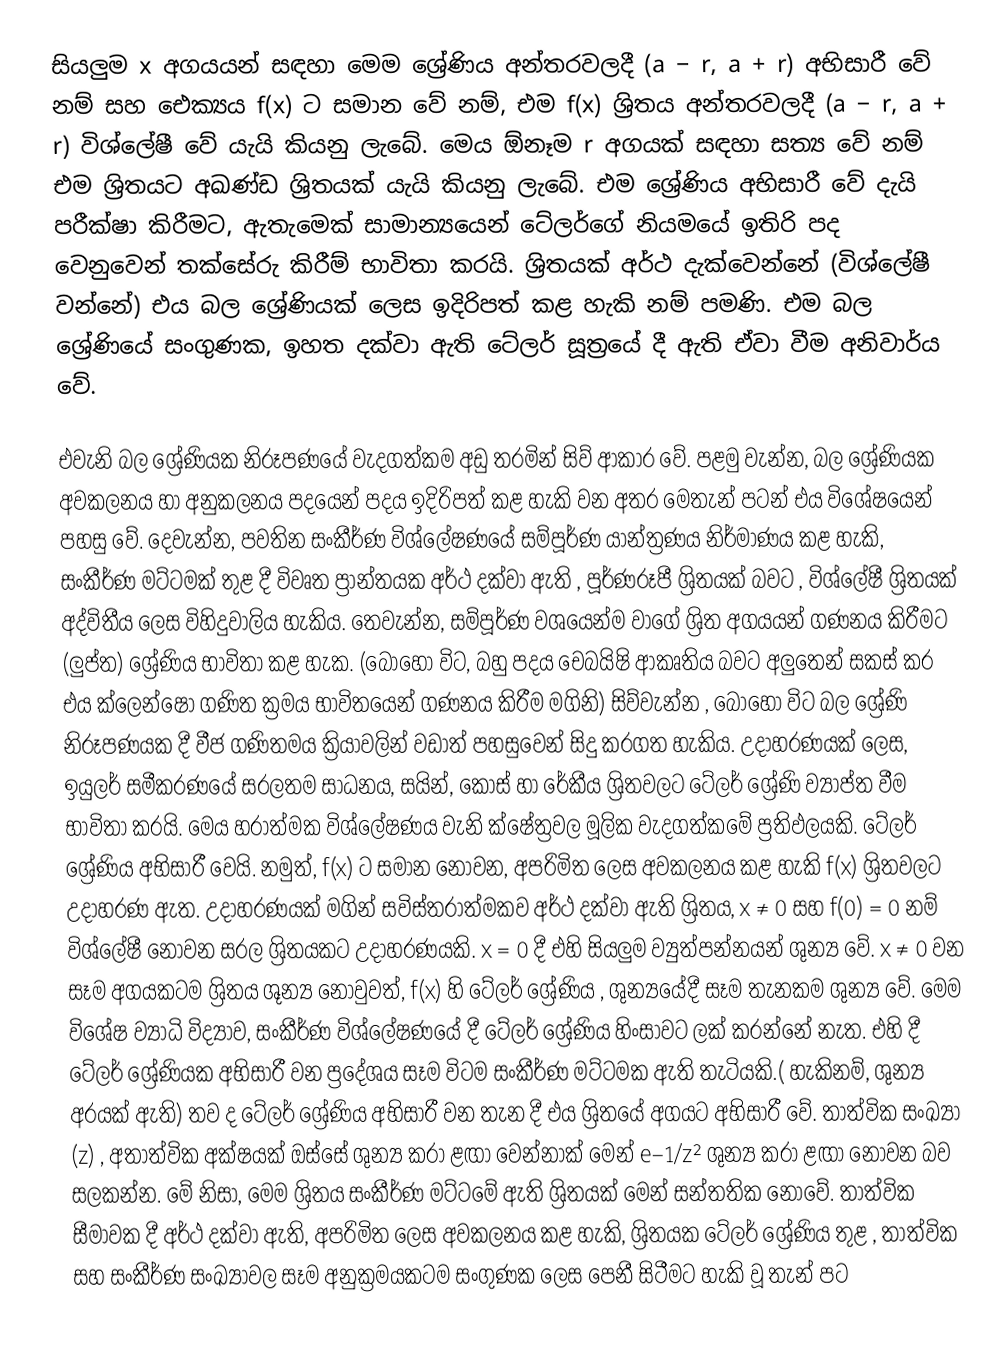
සියලුම x අගයයන් සඳහා මෙම ශ්‍රේණිය අන්තරවලදී (a − r, a + r) අභිසාරී වේ නම් සහ ඓක්‍යය f(x) ට සමාන වේ නම්, එම f(x) ශ්‍රිතය අන්තරවලදී (a − r, a + r) විශ්ලේෂී වේ යැයි කියනු ලැබේ. මෙය ඕනෑම r අගයක් සඳහා සත්‍ය වේ නම් එම ශ්‍රිතයට අඛණ්ඩ ශ්‍රිතයක් යැයි කියනු ලැබේ. එම ශ්‍රේණිය අභිසාරී වේ දැයි පරීක්ෂා කිරීමට, ඇතැමෙක් සාමාන්‍යයෙන් ටේලර්ගේ නියමයේ ඉතිරි පද වෙනුවෙන් තක්සේරු කිරීම් භාවිතා කරයි. ශ්‍රිතයක් අර්ථ දැක්වෙන්නේ (විශ්ලේෂී වන්නේ) එය බල ශ්‍රේණියක් ලෙස ඉදිරිපත් කළ හැකි නම් පමණි. එම බල ශ්‍රේණියේ සංගුණක, ඉහත දක්වා ඇති ටේලර් සූත්‍රයේ දී ඇති ඒවා වීම අනිවාර්ය වේ.

එවැනි බල ශ්‍රේණියක නිරූපණයේ වැදගත්කම අඩු තරමින් සිව් ආකාර වේ. පළමු වැන්න, බල ශ්‍රේණියක අවකලනය හා අනුකලනය පදයෙන් පදය ඉදිරිපත් කළ හැකි වන අතර මෙතැන් පටන් එය විශේෂයෙන් පහසු වේ. දෙවැන්න, පවතින සංකීර්ණ විශ්ලේෂණයේ සම්පූර්ණ යාන්ත්‍රණය නිර්මාණය කළ හැකි, සංකීර්ණ මට්ටමක් තුළ දී විවෘත ප්‍රාන්තයක අර්ථ දක්වා ඇති , පූර්ණරූපී ශ්‍රිතයක් බවට , විශ්ලේෂී ශ්‍රිතයක් අද්විතීය ලෙස විහිදුවාලිය හැකිය. තෙවැන්න, සම්පූර්ණ වශයෙන්ම වාගේ ශ්‍රිත අගයයන් ගණනය කිරීමට (ලුප්ත) ශ්‍රේණිය භාවිතා කළ හැක. (බොහෝ විට, බහු පදය චෙබයිෂි ආකෘතිය බවට අලුතෙන් සකස් කර එය ක්ලෙන්ෂෝ ගණිත ක්‍රමය භාවිතයෙන් ගණනය කිරීම මගිනි) සිව්වැන්න , බොහෝ විට බල ශ්‍රේණි නිරූපණයක දී වීජ ගණිතමය ක්‍රියාවලින් වඩාත් පහසුවෙන් සිදු කරගත හැකිය. උදාහරණයක් ලෙස, ඉයුලර් සමීකරණයේ සරලතම සාධනය, සයින්, කොස් හා රේකීය ශ්‍රිතවලට ටේලර් ශ්‍රේණි ව්‍යාප්ත වීම භාවිතා කරයි. මෙය හරාත්මක විශ්ලේෂණය වැනි ක්ෂේත්‍රවල මූලික වැදගත්කමේ ප්‍රතිඵලයකි. ටේලර් ශ්‍රේණිය අභිසාරී වෙයි. නමුත්, f(x) ට සමාන නොවන, අපරිමිත ලෙස අවකලනය කළ හැකි f(x) ශ්‍රිතවලට උදාහරණ ඇත. උදාහරණයක් මගින් සවිස්තරාත්මකව අර්ථ දක්වා ඇති ශ්‍රිතය, x ≠ 0 සහ f(0) = 0 නම් විශ්ලේෂී නොවන සරල ශ්‍රිතයකට උදාහරණයකි. x = 0 දී එහි සියලුම ව්‍යුත්පන්නයන් ශුන්‍ය වේ. x ≠ 0 වන සෑම අගයකටම ශ්‍රිතය ශූන්‍ය නොවුවත්, f(x) හි ටේලර් ශ්‍රේණිය , ශුන්‍යයේදී සෑම තැනකම ශුන්‍ය වේ. මෙම විශේෂ ව්‍යාධි විද්‍යාව, සංකීර්ණ විශ්ලේෂණයේ දී ටේලර් ශ්‍රේණිය හිංසාවට ලක් කරන්නේ නැත. එහි දී ටේලර් ශ්‍රේණියක අභිසාරී වන ප්‍රදේශය සෑම විටම සංකීර්ණ මට්ටමක ඇති තැටියකි.( හැකිනම්, ශුන්‍ය අරයක් ඇති) තව ද ටේලර් ශ්‍රේණිය අභිසාරී වන තැන දී එය ශ්‍රිතයේ අගයට අභිසාරී වේ. තාත්වික සංඛ්‍යා (z) , අතාත්වික අක්ෂයක් ඔස්සේ ශුන්‍ය කරා ළඟා වෙන්නාක් මෙන් e−1/z² ශුන්‍ය කරා ළඟා නොවන බව සලකන්න. මේ නිසා, මෙම ශ්‍රිතය සංකීර්ණ මට්ටමේ ඇති ශ්‍රිතයක් මෙන් සන්තතික නොවේ. තාත්වික සීමාවක දී අර්ථ දක්වා ඇති, අපරිමිත ලෙස අවකලනය කළ හැකි, ශ්‍රිතයක ටේලර් ශ්‍රේණිය තුළ , තාත්වික සහ සංකීර්ණ සංඛ්‍යාවල සෑම අනුක්‍රමයකටම සංගුණක ලෙස පෙනී සිටීමට හැකි වූ තැන් පට